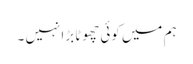
ہم میں کوئی چھوٹا بڑا نہیں ۔